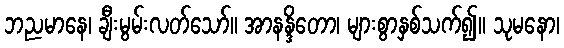
ဘညမာနေ၊ ချီးမွမ်းလတ်သော်။ အာနန္ဒိတော၊ များစွာနှစ်သက်၍။ သုမနော၊